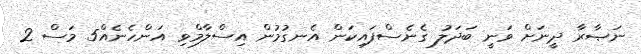
ނަޞާރާ ދީނަށް ވަނީ ބަދަލު ގެނެސްފައިކަން އެނގުމުން އިސްލާމްވި އަންހެނެއް5 މަސް 2